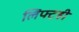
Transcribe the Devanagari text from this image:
लिफ्टही